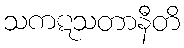
သကဋသတာနီတိ